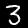
Digit: 3